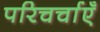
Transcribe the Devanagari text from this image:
परिचर्चाएँ